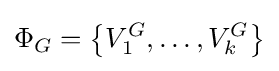
\Phi _{G}=\left\{V_{1}^{G},\dots ,V_{k}^{G}\right\}